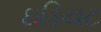
ઇડિયટ